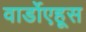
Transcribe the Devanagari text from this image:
वार्डोएहूस